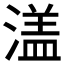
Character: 𱨚